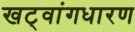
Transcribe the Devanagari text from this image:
खट्‌वांगधारण